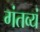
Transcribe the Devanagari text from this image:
गंतव्यं